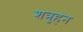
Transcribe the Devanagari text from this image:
शत्रुहन